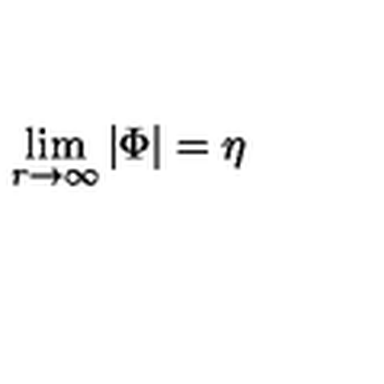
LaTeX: \lim _ { r \rightarrow \infty } | \Phi | = \eta